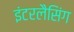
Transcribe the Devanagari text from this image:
इंटरलैसिंग